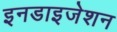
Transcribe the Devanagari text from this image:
इनडाइजेशन